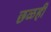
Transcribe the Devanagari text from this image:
छळही